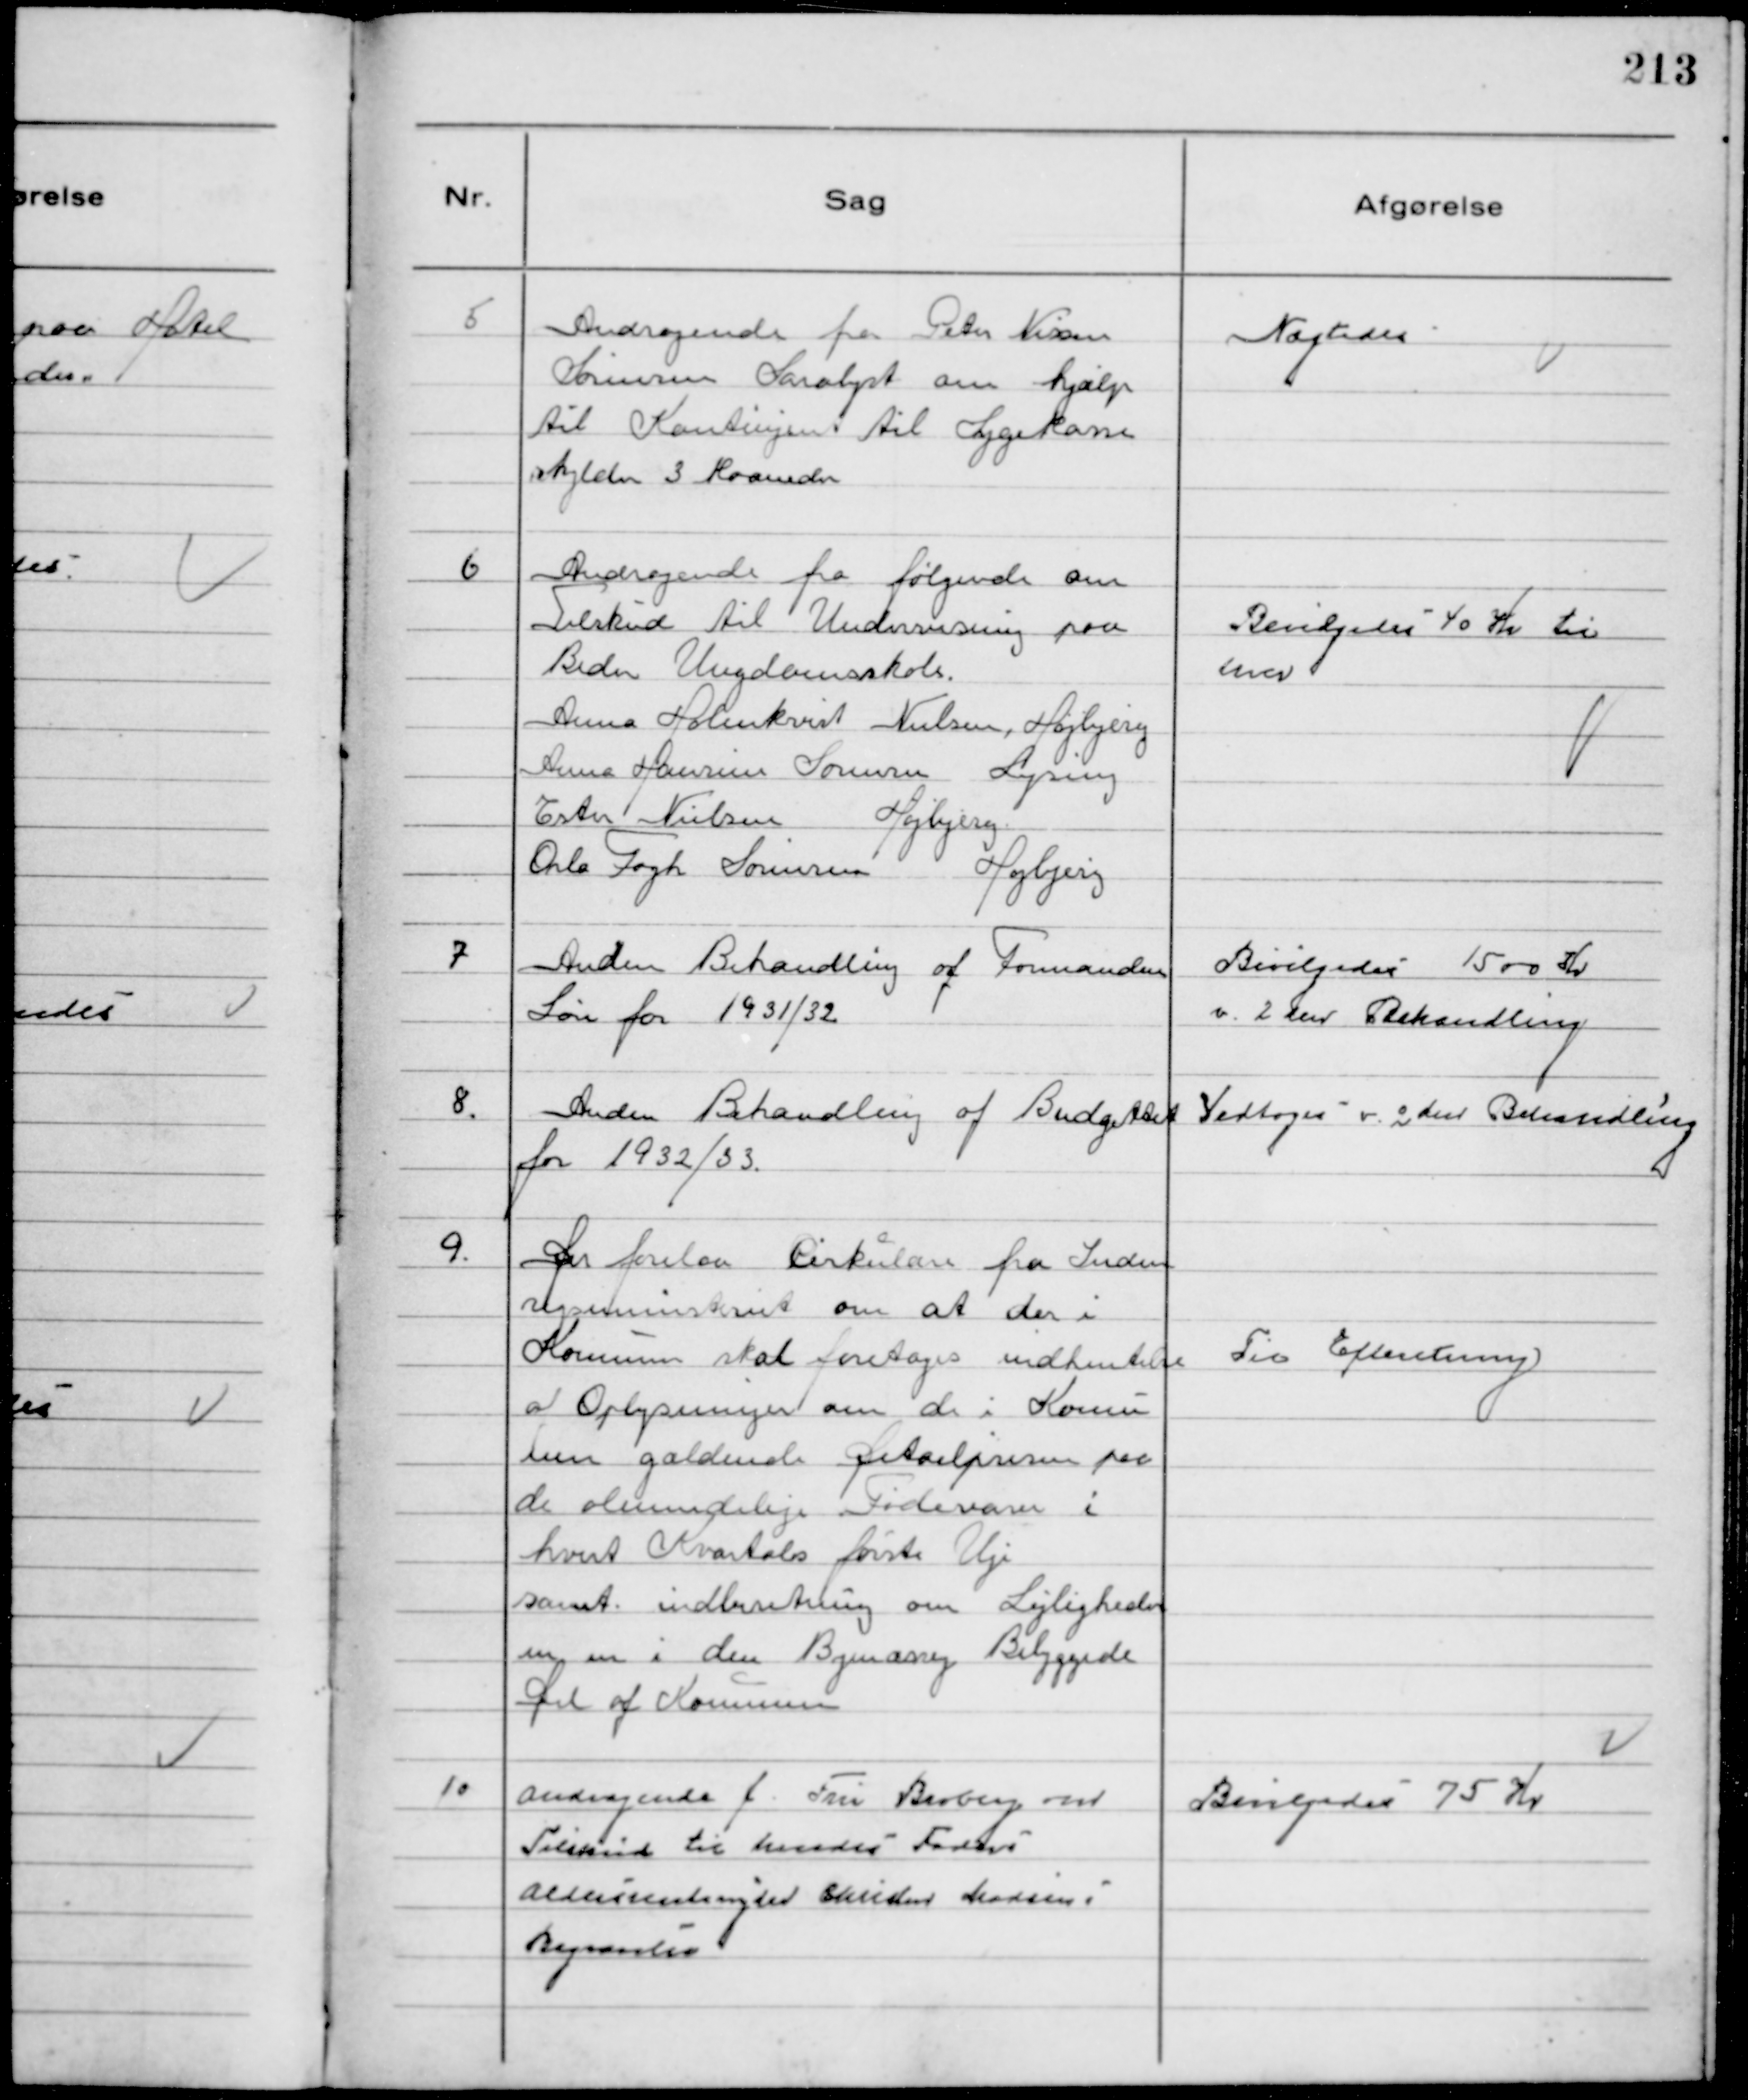
Transskription:
5
Andragende fra Peter Nissen
Sørensen Saralyst om hjælp
til Kontingent til Sygekasse
skylder 3 Maaneder

Nægtedes

6
Andragende fra følgende om
Tilskud til Undervisning paa
Beder Ungdomsskole.
Anna Holmkvist Nielsen, Højbjerg
Anna Hansine Sørensen Lyseng
Ester Nielsen Højbjerg
Orla Fogh Sørensen Højbjerg

Bevilgedes 40 Kr til
hver

7
Anden Behandling af Formandens
Løn for 1931/32

Bevilgedes 1500 Kr
v. 2den Behandling

8.
Anden Behandling af Budgettet
for 1932/33.

Vedtoges v. 2den Behandling

9.
Der forelaa Cirkulære fra Inden
rigsministeriet om at der i
Kommunen skal foretages indhentelse
af Oplysninger om de i Kommu
nen gældende Detailpriser paa
de almindelige Fødevarer i
hvert Kvartals første Uge
samt indberetning om Lejligheder
m.m. i den Bymæssig Bebyggede
Del af Kommunen

Til Efteretning

10
Andragende f. Fru Broberg om
Tilskud til hendes Faders
Aldersrentenyder Christen Madsens
Begravelse

Bevilgedes 75 Kr